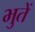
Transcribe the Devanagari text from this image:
भुतें